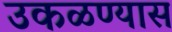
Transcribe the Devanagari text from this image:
उकळण्यास